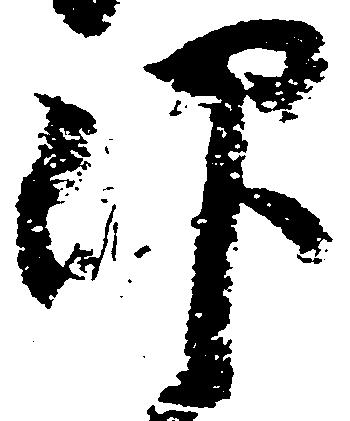
仰